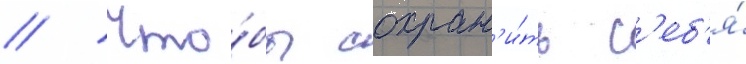
// Что́бы сохран'и́ть с'еб'я́